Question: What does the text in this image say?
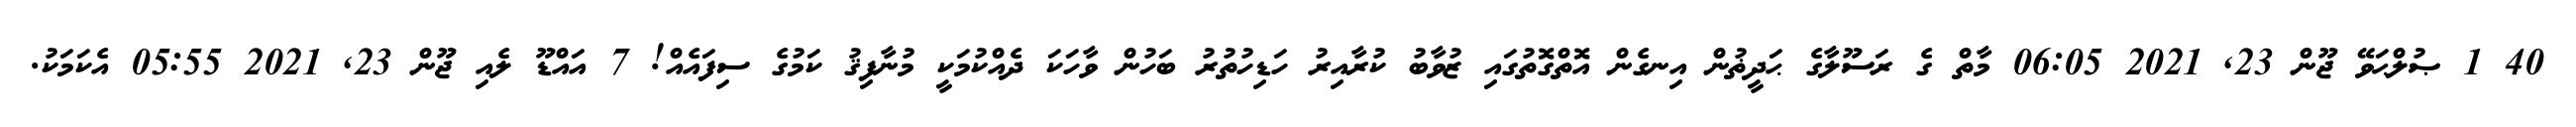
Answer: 40 1 ޞުލްޙަވޭ ޖޫން 23, 2021 06:05 މާތް ގެ ރަސޫލާގެ ޙަދީޡުން އިނގެން އޮތްގޮތުގައި ޒުވާބު ކުރާއިރު ހަޑިހުތުރު ބަހުން ވާހަކަ ދެއްކުމަކީ މުނާފިޤު ކަމުގެ ސިފައެއް! 7 އައްޑޫ ލެއި ޖޫން 23, 2021 05:55 އެކަމަކު.